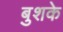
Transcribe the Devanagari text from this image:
बुशके